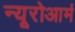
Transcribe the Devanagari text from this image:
न्यूरोआर्म